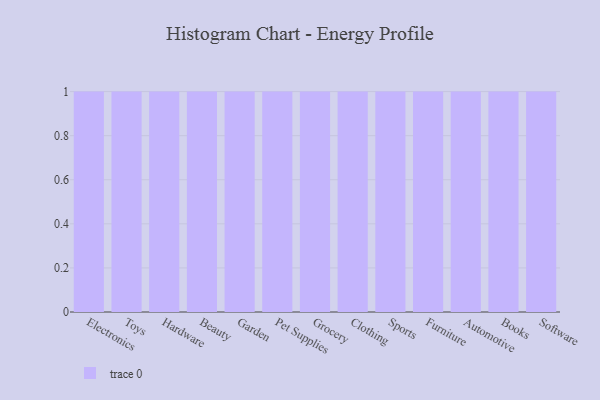
{"axis": {"x": "Category", "y": "Inventory Turnover"}, "legend": [""], "data": [{"x": "Electronics", "y": 51, "type": ""}, {"x": "Toys", "y": 67, "type": ""}, {"x": "Hardware", "y": 69, "type": ""}, {"x": "Beauty", "y": 54, "type": ""}, {"x": "Garden", "y": 45, "type": ""}, {"x": "Pet Supplies", "y": 95, "type": ""}, {"x": "Grocery", "y": 37, "type": ""}, {"x": "Clothing", "y": 28, "type": ""}, {"x": "Sports", "y": 5, "type": ""}, {"x": "Furniture", "y": 87, "type": ""}, {"x": "Automotive", "y": 56, "type": ""}, {"x": "Books", "y": 100, "type": ""}, {"x": "Software", "y": 27, "type": ""}]}